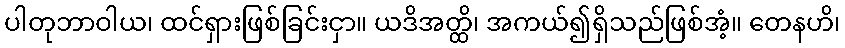
ပါတုဘာဝါယ၊ ထင်ရှားဖြစ်ခြင်းငှာ။ ယဒိအတ္ထိ၊ အကယ်၍ရှိသည်ဖြစ်အံ့။ တေနဟိ၊